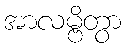
အာလမ္ဗိတွာ